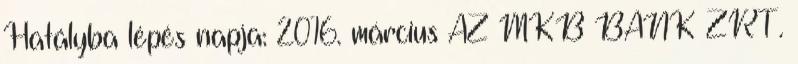
Hatályba lépés napja: 2016. március AZ MKB BANK ZRT.